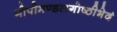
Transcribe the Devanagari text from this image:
गोपीमण्डलगोष्ठीभेदं